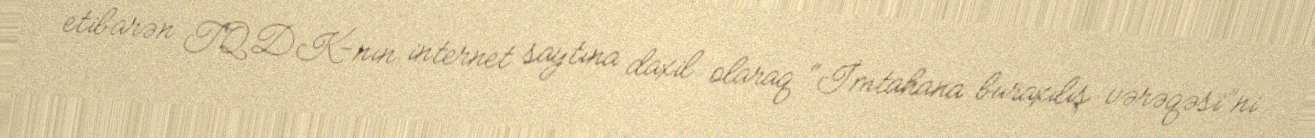
etibarən TQDK-nın internet saytına daxil olaraq “İmtahana buraxılış vərəqəsi”ni